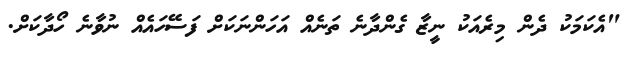
"އެކަމަކު ދެން މިރެއަކު ނީޒާ ގެންދާނެ ތަނެއް އަހަންނަކަށް ފަސޭހައެއް ނުވާނެ ހޯދާކަށް.